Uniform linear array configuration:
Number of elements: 64
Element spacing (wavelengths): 1
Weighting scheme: binomial
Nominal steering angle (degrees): -15
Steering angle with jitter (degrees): -16.232
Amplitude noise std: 0.05
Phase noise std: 0.05

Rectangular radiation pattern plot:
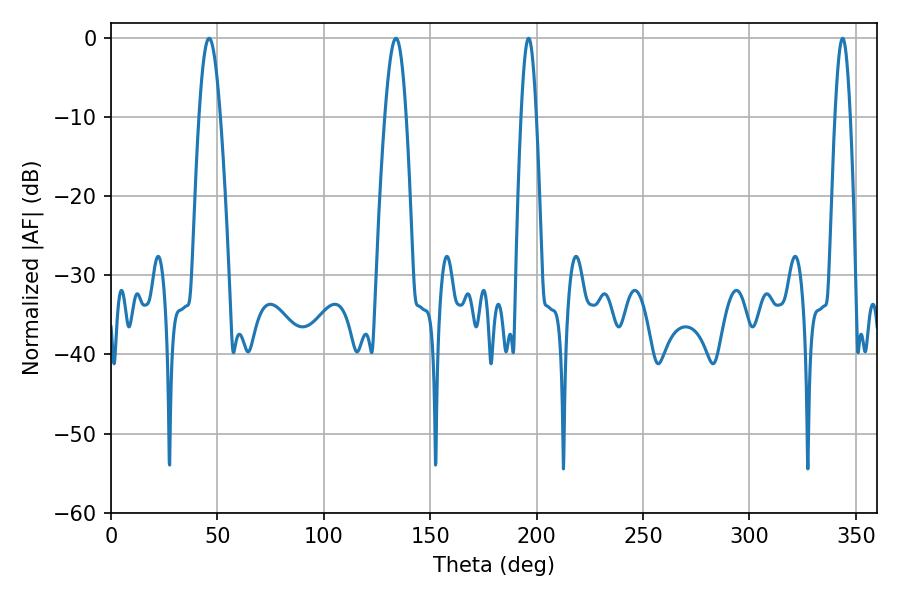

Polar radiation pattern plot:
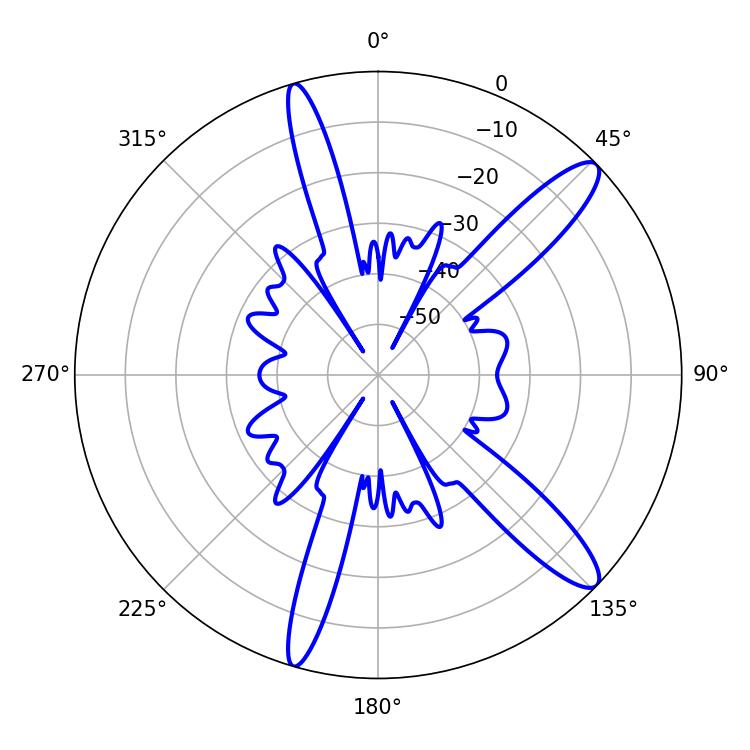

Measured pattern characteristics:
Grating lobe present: TRUE
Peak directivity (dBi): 12.709
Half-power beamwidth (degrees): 5.22
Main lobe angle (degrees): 46.08